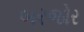
બરજોર